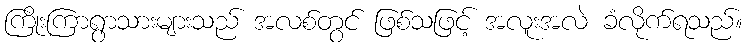
ကြိုးကြာရွာသားများသည် အလစ်တွင် ဖြစ်သဖြင့် အလူးအလဲ ခံလိုက်ရသည်။